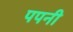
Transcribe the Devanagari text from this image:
पपनी